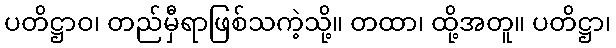
ပတိဋ္ဌာဝ၊ တည်မှီရာဖြစ်သကဲ့သို့။ တထာ၊ ထို့အတူ။ ပတိဋ္ဌာ၊